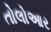
તોલોઆર